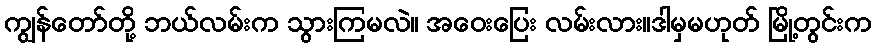
ကျွန်တော်တို့ ဘယ်လမ်းက သွားကြမလဲ။ အဝေးပြေး လမ်းလား။ဒါမှမဟုတ် မြို့တွင်းက